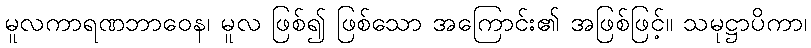
မူလကာရဏဘာဝေန၊ မူလ ဖြစ်၍ ဖြစ်သော အကြောင်း၏ အဖြစ်ဖြင့်။ သမုဋ္ဌာပိကာ၊